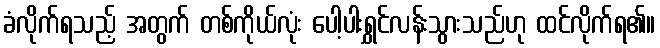
ခံလိုက်ရသည့် အတွက် တစ်ကိုယ်လုံး ပေါ့ပါးရွှင်လန်းသွားသည်ဟု ထင်လိုက်ရ၏။